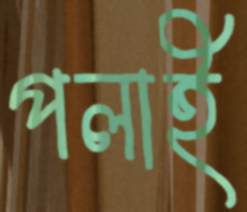
পলাই